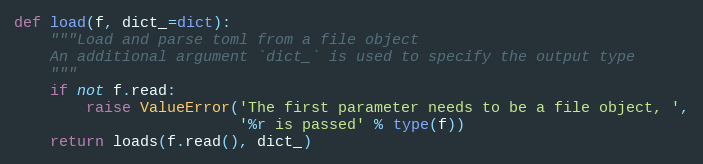
Language: Python
def load(f, dict_=dict):
    """Load and parse toml from a file object
    An additional argument `dict_` is used to specify the output type
    """
    if not f.read:
        raise ValueError('The first parameter needs to be a file object, ',
                         '%r is passed' % type(f))
    return loads(f.read(), dict_)